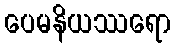
ပေမနိယဿရော